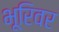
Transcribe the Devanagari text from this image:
भूरिवर